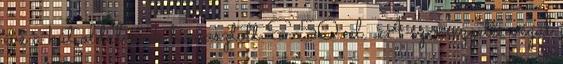
éve a kút oldalának támasztott S-50-el. A szemezgetés végül